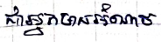
ជាអ្នកមានអំណាច